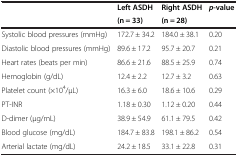
<table><thead><tr><td rowspan="2"><b> </b></td><td><b>Left ASDH</b></td><td><b>Right ASDH</b></td><td rowspan="2"><b><i>p</i>-value</b></td></tr><tr><td><b>(n = 33)</b></td><td><b>(n = 28)</b></td></tr></thead><tbody><tr><td>Systolic blood pressures (mmHg)</td><td>172.7 ± 34.2</td><td>184.0 ± 38.1</td><td>0.20</td></tr><tr><td>Diastolic blood pressures (mmHg)</td><td>89.6 ± 17.2</td><td>95.7 ± 20.7</td><td>0.21</td></tr><tr><td>Heart rates (beats per min)</td><td>86.6 ± 21.6</td><td>88.5 ± 25.9</td><td>0.74</td></tr><tr><td>Hemoglobin (g/dL)</td><td>12.4 ± 2.2</td><td>12.7 ± 3.2</td><td>0.63</td></tr><tr><td>Platelet count (×10<sup>4</sup>/μL)</td><td>16.3 ± 6.0</td><td>18.6 ± 10.6</td><td>0.29</td></tr><tr><td>PT-INR</td><td>1.18 ± 0.30</td><td>1.12 ± 0.20</td><td>0.44</td></tr><tr><td>D-dimer (μg/mL)</td><td>38.9 ± 54.9</td><td>61.1 ± 79.5</td><td>0.42</td></tr><tr><td>Blood glucose (mg/dL)</td><td>184.7 ± 83.8</td><td>198.1 ± 86.2</td><td>0.54</td></tr><tr><td>Arterial lactate (mg/dL)</td><td>24.2 ± 18.5</td><td>33.1 ± 22.8</td><td>0.31</td></tr></tbody></table>